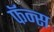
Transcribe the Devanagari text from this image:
फॅन्स